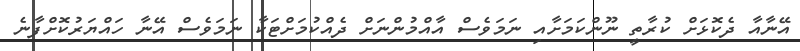
އޭނާއާ ދެކޮޅަށް ކުރާތީ ނޫންކަމަށާއި ނަމަވެސް އާއްމުންނަށް ދެއްކުމަށްޓަކާ ނަމަވެސް އޭނާ ހައްޔަރުކޮށްފާނެ